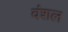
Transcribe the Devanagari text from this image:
वंशल